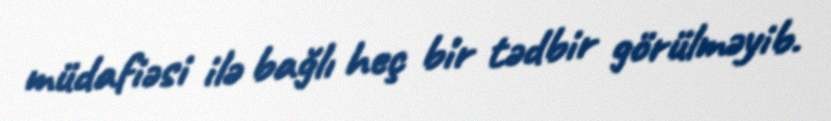
müdafiəsi ilə bağlı heç bir tədbir görülməyib.